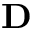
\mathbf { D }